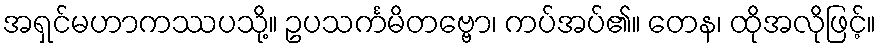
အရှင်မဟာကဿပသို့။ ဥပသင်္ကမိတဗ္ဗော၊ ကပ်အပ်၏။ တေန၊ ထိုအလိုဖြင့်။